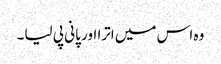
وہ اس میں اترا اور پانی پی لیا۔